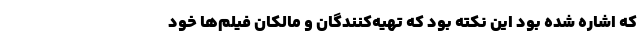
که اشاره شده بود این نکته بود که تهیه‌کنندگان و مالکان فیلم‌ها خود